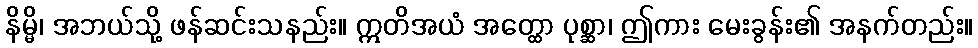
နိမ္မိ၊ အဘယ်သို့ ဖန်ဆင်းသနည်း။ ဣတိအယံ အတ္ထော ပုစ္ဆာ၊ ဤကား မေးခွန်း၏ အနက်တည်း။